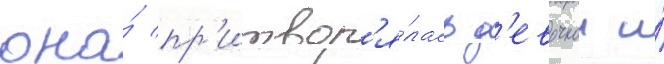
она́ пр'итвор'я́лась д'евочкои и́